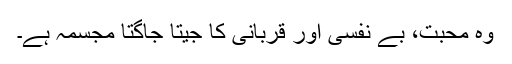
وہ محبت، بے نفسی اور قربانی کا جیتا جاگتا مجسّمہ ہے۔